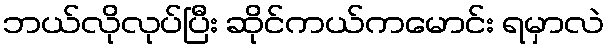
ဘယ်လိုလုပ်ပြီး ဆိုင်ကယ်ကမောင်း ရမှာလဲ